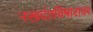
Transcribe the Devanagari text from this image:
नखदंतविषारावर